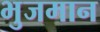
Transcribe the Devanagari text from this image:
भुजमान